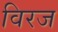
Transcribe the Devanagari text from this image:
विरज